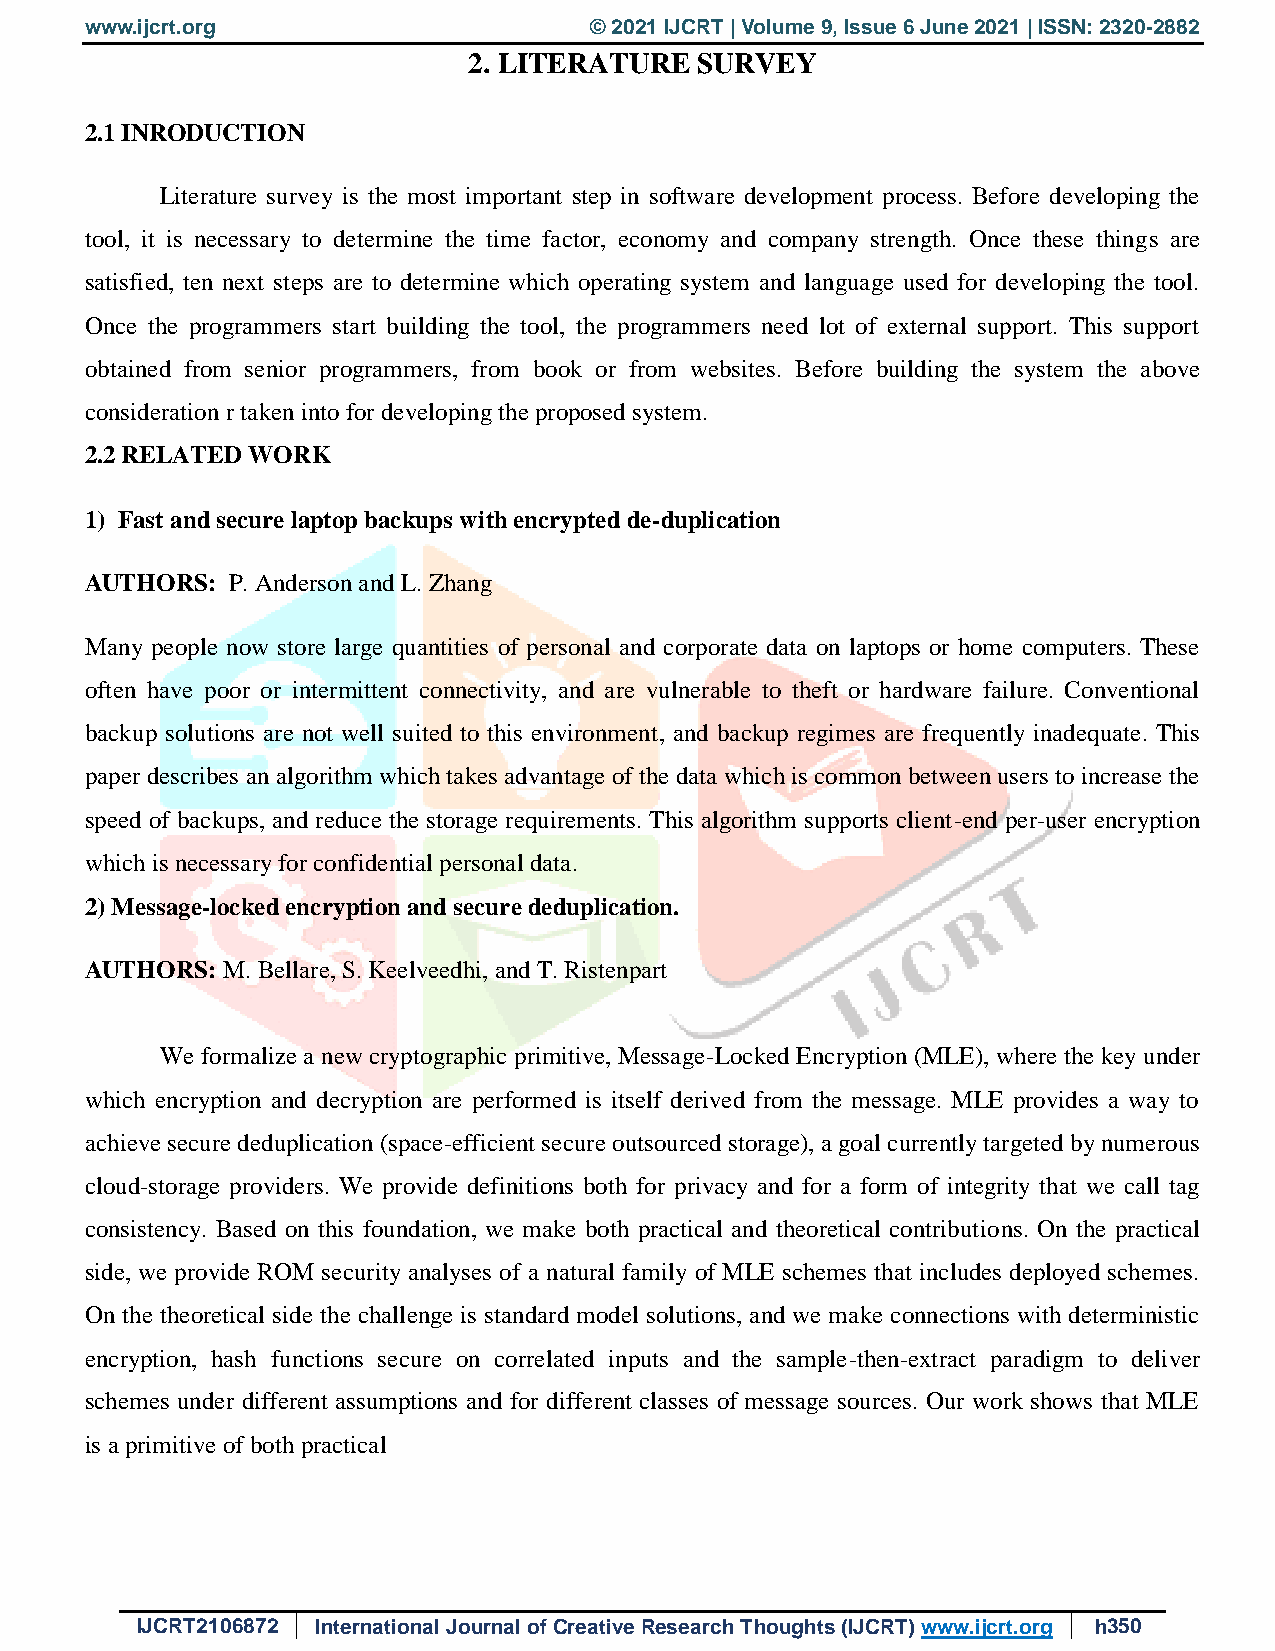
www.ijcrt.org                    © 2021 IJCRT | Volume 9, Issue 6 June 2021 | ISSN: 2320-2882
 2. LITERATURE  SURVEY
 2.1 INRODUCTION
 Literature survey is the most important step in software development process. Before developing the
 tool, it is necessary to determine the time factor, economy and company strength. Once these things are
 satisfied, ten next steps are to determine which operating system and language used for developing the tool.
 Once the programmers start building the tool, the programmers need lot of external support. This support
 obtained from senior programmers, from book or from websites. Before building the system the above
 consideration r taken into for developing the proposed system.
 2.2 RELATED WORK
 1) Fast and secure laptop backups with encrypted de-duplication
 AUTHORS: P. Anderson and L. Zhang
 Many people now store large quantities of personal and corporate data on laptops or home computers. These
 often have poor or intermittent connectivity, and are vulnerable to theft or hardware failure. Conventional
 backup solutions are not well suited to this environment, and backup regimes are frequently inadequate. This
 paper describes an algorithm which takes advantage of the data which is common between users to increase the
 speed of backups, and reduce the storage requirements. This algorithm supports client-end per-user encryption
 which is necessary for confidential personal data.
 2) Message-locked encryption and secure deduplication.
 AUTHORS: M. Bellare, S. Keelveedhi, and T. Ristenpart
 We formalize a new cryptographic primitive, Message-Locked Encryption (MLE), where the key under
 which encryption and decryption are performed is itself derived from the message. MLE provides a way to
 achieve secure deduplication (space-efficient secure outsourced storage), a goal currently targeted by numerous
 cloud-storage providers. We provide definitions both for privacy and for a form of integrity that we call tag
 consistency. Based on this foundation, we make both practical and theoretical contributions. On the practical
 side, we provide ROM security analyses of a natural family of MLE schemes that includes deployed schemes.
 On the theoretical side the challenge is standard model solutions, and we make connections with deterministic
 encryption, hash functions secure on correlated inputs and the sample-then-extract paradigm to deliver
 schemes under different assumptions and for different classes of message sources. Our work shows that MLE
 is a primitive of both practical
 IJCRT2106872 International Journal of Creative Research Thoughts (IJCRT) www.ijcrt.org h350